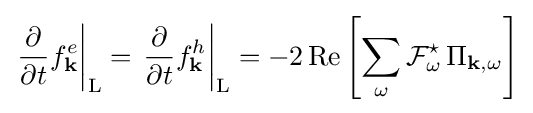
\left.{\frac {\partial }{\partial t}}f_{\mathbf {k} }^{e}\right|_{\mathrm {L} }=\left.{\frac {\partial }{\partial t}}f_{\mathbf {k} }^{h}\right|_{\mathrm {L} }=-2\,\mathrm {Re} \left[\sum _{\omega }{\mathcal {F}}_{\omega }^{\star }\,\Pi _{\mathbf {k} ,\omega }\right]